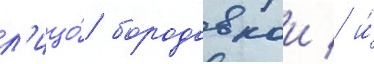
л'ицо́ бородавкои / и́